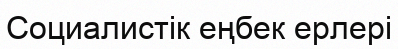
Социалистік еңбек ерлері